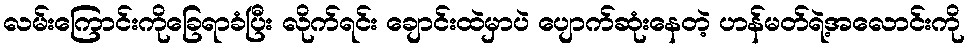
လမ်းကြောင်းကိုခြေရာခံပြီး လိုက်ရင်း ချောင်းထဲမှာပဲ ပျောက်ဆုံးနေတဲ့ ဟန်မတ်ရဲ့အလောင်းကို